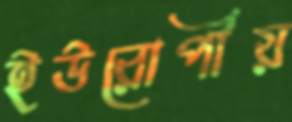
ইউরোপীয়